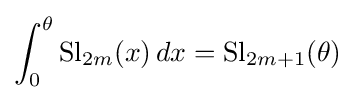
\int _{0}^{\theta }\operatorname {Sl} _{2m}(x)\,dx=\operatorname {Sl} _{2m+1}(\theta )